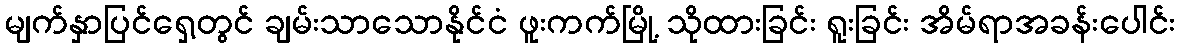
မျက်နှာပြင်ရှေ့တွင် ချမ်းသာသောနိုင်ငံ ဖူးကက်မြို့ သိုထားခြင်း ရူးခြင်း အိမ်ရာအခန်းပေါင်း